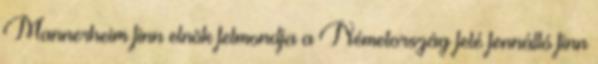
Mannerheim finn elnök felmondja a Németország felé fennálló finn